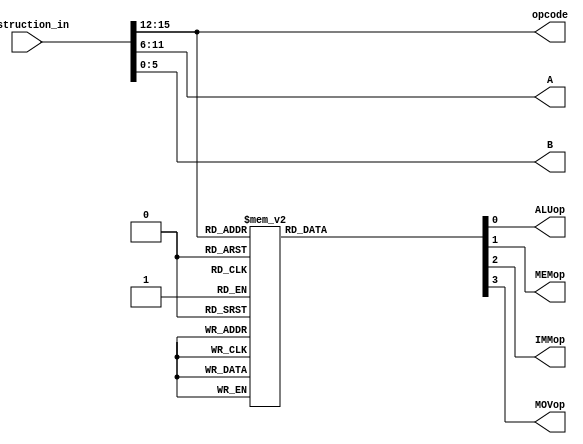
// Zack Fravel
// System Synthesis and Modeling
// Final Project (Step 3)

module iDecoder(instruction_in, opcode, ALUop, MEMop, IMMop, MOVop, A, B);

// Input/Output/Signal Declaration
	input[15:0] instruction_in; output[3:0] opcode; output reg ALUop;
	output reg MEMop; output reg IMMop; output reg MOVop; output[5:0] A; output[5:0] B;

// Architecture
always@(instruction_in)
begin

	case(instruction_in[15:12])

		4'b0000: begin ALUop = 0; MEMop = 0; IMMop = 0; MOVop = 0; end // Blank
		4'b0001: begin ALUop = 1; MEMop = 0; IMMop = 0; MOVop = 0; end // Add   (0001)
		4'b0010: begin ALUop = 1; MEMop = 0; IMMop = 0; MOVop = 0; end // Sub   (0010)
		4'b0011: begin ALUop = 1; MEMop = 0; IMMop = 0; MOVop = 0; end // Not   (0011)
		4'b0100: begin ALUop = 1; MEMop = 0; IMMop = 0; MOVop = 0; end // And   (0100)
		4'b0101: begin ALUop = 1; MEMop = 0; IMMop = 0; MOVop = 0; end // Or    (0101)
		4'b0110: begin ALUop = 1; MEMop = 0; IMMop = 0; MOVop = 0; end // Xor   (0110)
		4'b0111: begin ALUop = 1; MEMop = 0; IMMop = 0; MOVop = 0; end // Xnor  (0111)
		4'b1000: begin ALUop = 0; MEMop = 0; IMMop = 1; MOVop = 0; end // Addi  (1000)
		4'b1001: begin ALUop = 0; MEMop = 0; IMMop = 1; MOVop = 0; end // Subi  (1001)
		4'b1010: begin ALUop = 0; MEMop = 0; IMMop = 0; MOVop = 1; end // Mov   (1010)
		4'b1011: begin ALUop = 0; MEMop = 0; IMMop = 0; MOVop = 1; end // Movi  (1011)
		4'b1100: begin ALUop = 0; MEMop = 1; IMMop = 0; MOVop = 0; end // Load  (1100)
		4'b1101: begin ALUop = 0; MEMop = 1; IMMop = 0; MOVop = 0; end // Store (1101)

		4'b1110: begin ALUop = 0; MEMop = 0; IMMop = 0; MOVop = 0; end
		4'b1111: begin ALUop = 0; MEMop = 0; IMMop = 0; MOVop = 0; end

	endcase

end
	assign opcode = instruction_in[15:12];
	assign A = instruction_in[11:6];
	assign B = instruction_in[5:0];

endmodule